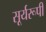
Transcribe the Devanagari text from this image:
सूर्यरूपी